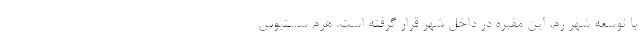
با توسعه شهر رم، این مقبره در داخل شهر قرار گرفته است. هرم سستیوس